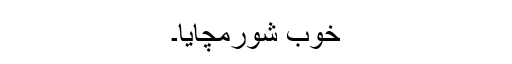
خوب شورمچایا۔